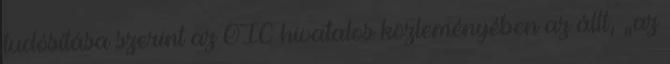
tudósítása szerint az OIC hivatalos közleményében az állt, „az